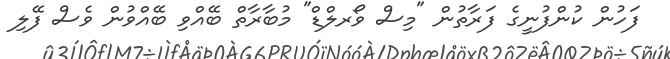
ފަހުން ކުންފުނީގެ ފަރާތުން "މިސް ވޯރލްޑް" މުބާރާތް ބޭއްވި ބޭއްވުން ވެސް ފޭލި